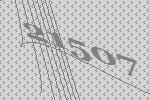
21507